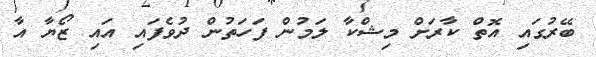
ބޭރުގައި އޮތް ކާރަށް މިޝްކާ ލަމުން ފަހަތުން ދުވެފައި އައި ޒޯޔާ އާ